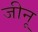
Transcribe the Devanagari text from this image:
जीनू